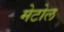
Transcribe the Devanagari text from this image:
मेटोल